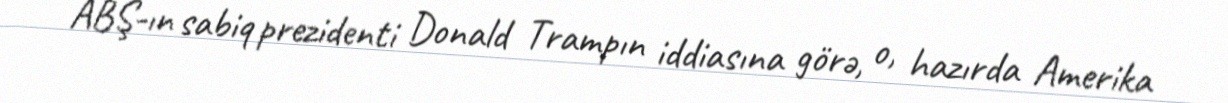
ABŞ-ın sabiq prezidenti Donald Trampın iddiasına görə, o, hazırda Amerika